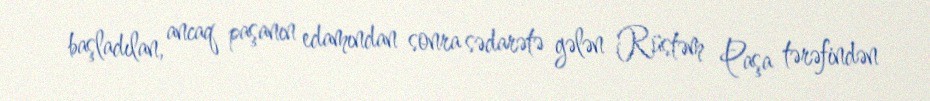
başladılan, ancaq paşanın edamından sonra sədarətə gələn Rüstəm Paşa tərəfindən